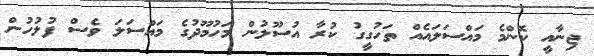
ޖިނާއީ ކޮންމެ މައްސަލައެއް ތަހުގީގު ކުރާ އުސޫލުން މަހުމޫދުގެ މައްސަލަ ވެސް ފުލުހުން